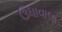
ઉધાવાલા